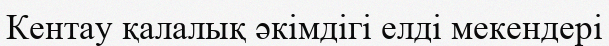
Кентау қалалық әкімдігі елді мекендері